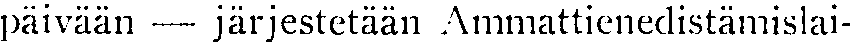
päivään — järjestetään Ammattienedistämislai-